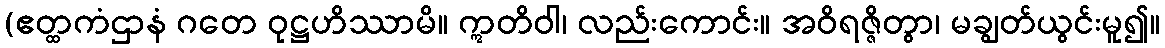
(ဧတ္ထကံဌာနံ ဂတေ ဝုဋ္ဌဟိဿာမိ။ ဣတိဝါ၊ လည်းကောင်း။ အဝိရဇ္ဇိတွာ၊ မချွတ်ယွင်းမူ၍။